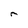
Character: r